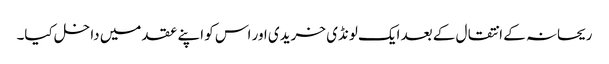
ریحانہ کے انتقال کے بعد ایک لونڈی خریدی اور اس کو اپنے عقد میں داخل کیا۔